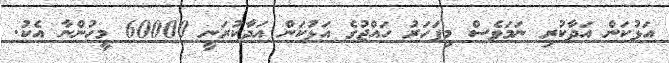
އަޅުކަން އަދާކުރި ނަމަވެސް މިފަހަރު ހައްޖުގެ އަޅުކަން އަދާކުރަނީ 60000 މީހުންނާ އެކު.